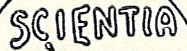
SCIENTIA